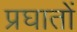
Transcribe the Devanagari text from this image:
प्रघातों